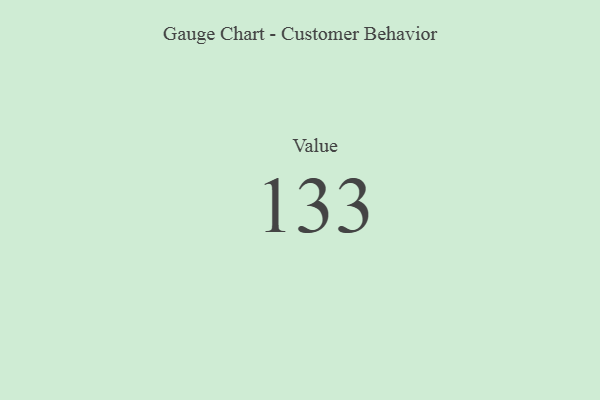
{"axis": {"x": "Metric", "y": "Value"}, "legend": [""], "data": [{"x": "Value", "y": 133, "type": ""}]}